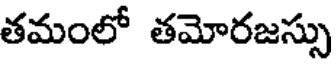
తమంలో తమోరజస్సు